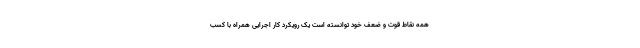
همه نقاط قوت و ضعف خود توانسته است یک رویکرد کار اجرایی همراه با کسب